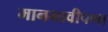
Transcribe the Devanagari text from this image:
मानभावीपणा